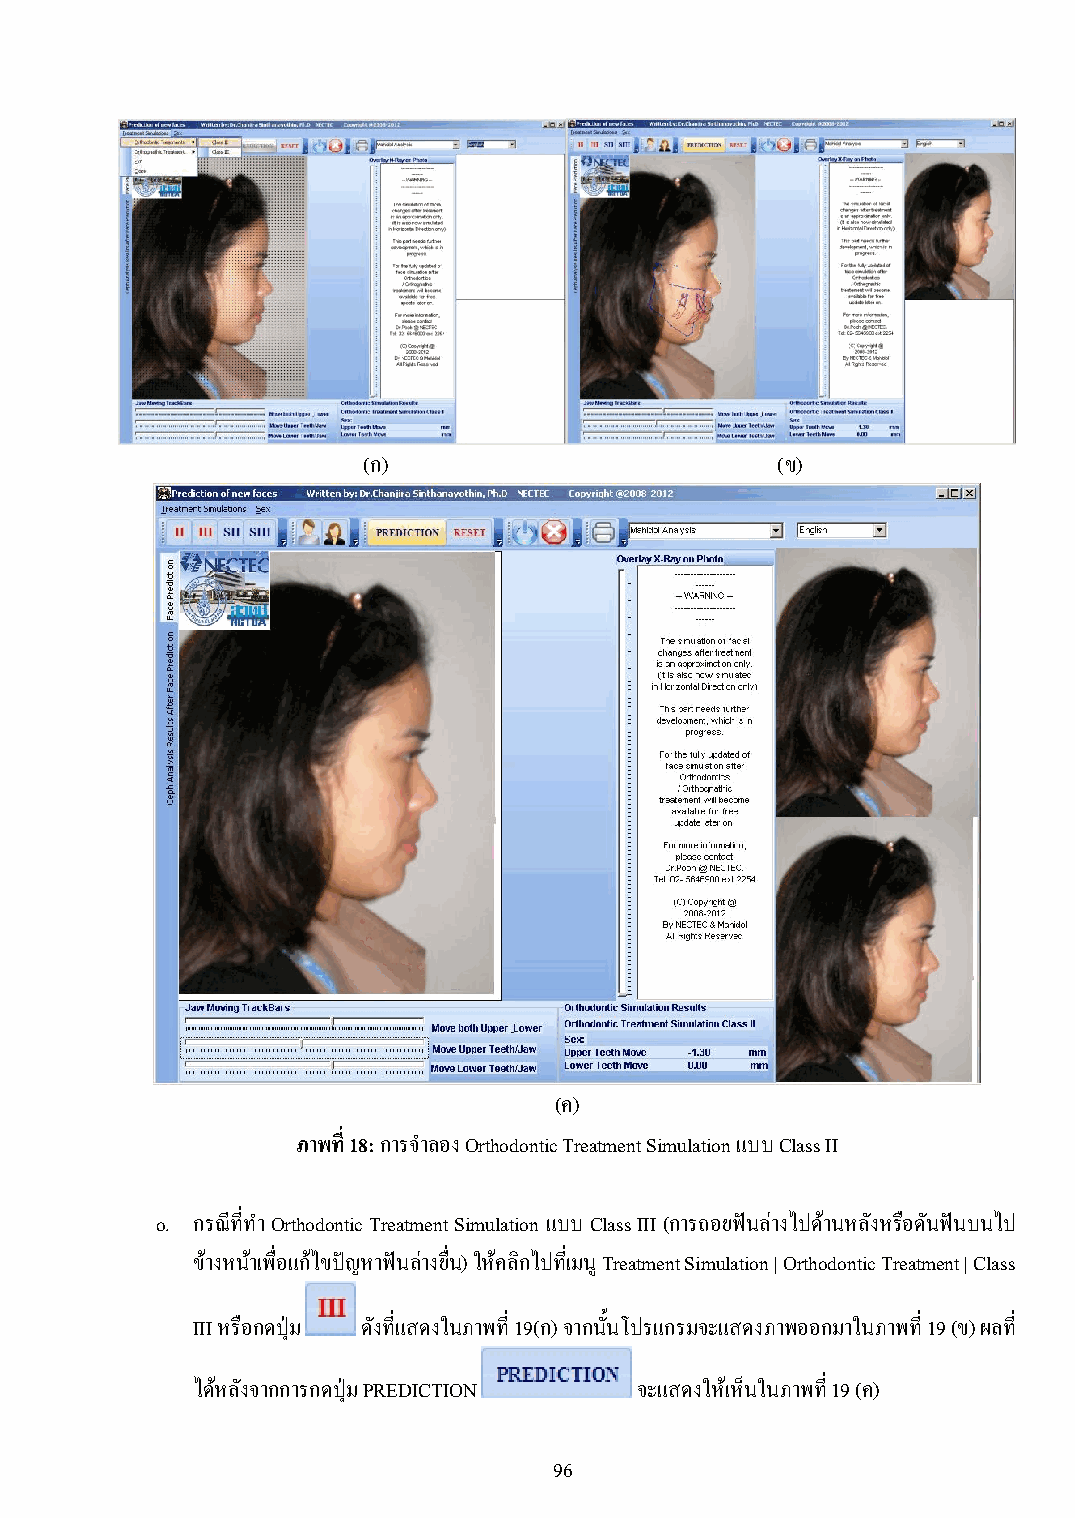
(ก)                        (ข)
 (ค)
 ภาพที่ 18: การจ าลอง Orthodontic Treatment Simulation แบบ Class II
 o. กรณีที่ท า Orthodontic Treatment Simulation แบบ Class III (การถอยฟันล่างไปด้านหลังหรือดนั ฟันบนไป
 ข้างหน้าเพื่อแก้ไขปัญหาฟันล่างยื่น) ให้คลิกไปที่เมนู Treatment Simulation | Orthodontic Treatment | Class
 III หรือกดปุ่ม ดังที่แสดงในภาพที่ 19(ก) จากนั้นโปรแกรมจะแสดงภาพออกมาในภาพที่ 19 (ข) ผลที่
 ได้หลังจากการกดปุ่ม PREDICTION จะแสดงให้เห็นในภาพที่ 19 (ค)
 96